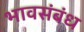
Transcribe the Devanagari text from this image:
भावसंबंध